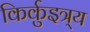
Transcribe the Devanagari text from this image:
किर्कुइत्र्य